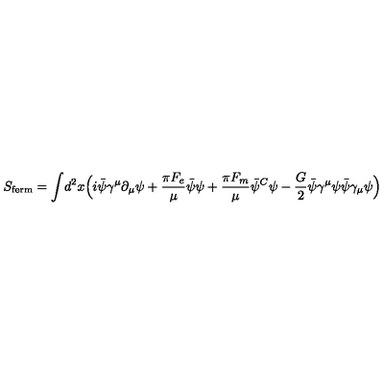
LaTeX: S _ { \mathrm { f e r m } } = \int \! d ^ { 2 } x \Bigl ( i \bar { \psi } \gamma ^ { \mu } \partial _ { \mu } \psi + { \frac { \pi F _ { e } } { \mu } } \bar { \psi } \psi + { \frac { \pi F _ { m } } { \mu } } \bar { \psi } ^ { C } \psi - { \frac { G } { 2 } } \bar { \psi } \gamma ^ { \mu } \psi \bar { \psi } \gamma _ { \mu } \psi \Bigr )